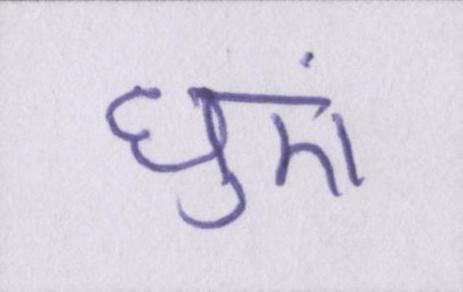
धुएं